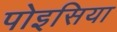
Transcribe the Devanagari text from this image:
पोइसिया